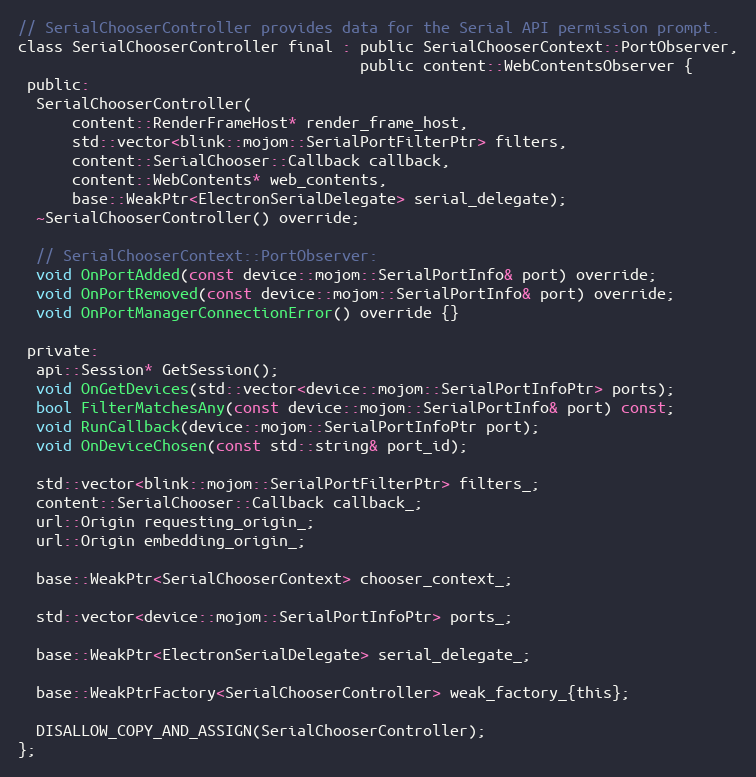
Language: C
// SerialChooserController provides data for the Serial API permission prompt.
class SerialChooserController final : public SerialChooserContext::PortObserver,
                                      public content::WebContentsObserver {
 public:
  SerialChooserController(
      content::RenderFrameHost* render_frame_host,
      std::vector<blink::mojom::SerialPortFilterPtr> filters,
      content::SerialChooser::Callback callback,
      content::WebContents* web_contents,
      base::WeakPtr<ElectronSerialDelegate> serial_delegate);
  ~SerialChooserController() override;

  // SerialChooserContext::PortObserver:
  void OnPortAdded(const device::mojom::SerialPortInfo& port) override;
  void OnPortRemoved(const device::mojom::SerialPortInfo& port) override;
  void OnPortManagerConnectionError() override {}

 private:
  api::Session* GetSession();
  void OnGetDevices(std::vector<device::mojom::SerialPortInfoPtr> ports);
  bool FilterMatchesAny(const device::mojom::SerialPortInfo& port) const;
  void RunCallback(device::mojom::SerialPortInfoPtr port);
  void OnDeviceChosen(const std::string& port_id);

  std::vector<blink::mojom::SerialPortFilterPtr> filters_;
  content::SerialChooser::Callback callback_;
  url::Origin requesting_origin_;
  url::Origin embedding_origin_;

  base::WeakPtr<SerialChooserContext> chooser_context_;

  std::vector<device::mojom::SerialPortInfoPtr> ports_;

  base::WeakPtr<ElectronSerialDelegate> serial_delegate_;

  base::WeakPtrFactory<SerialChooserController> weak_factory_{this};

  DISALLOW_COPY_AND_ASSIGN(SerialChooserController);
};